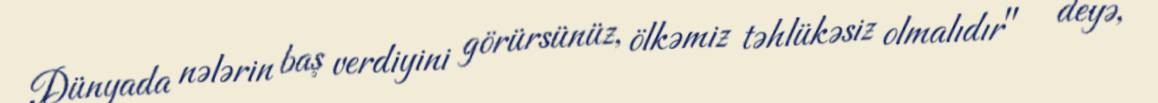
Dünyada nələrin baş verdiyini görürsünüz, ölkəmiz təhlükəsiz olmalıdır" - deyə,